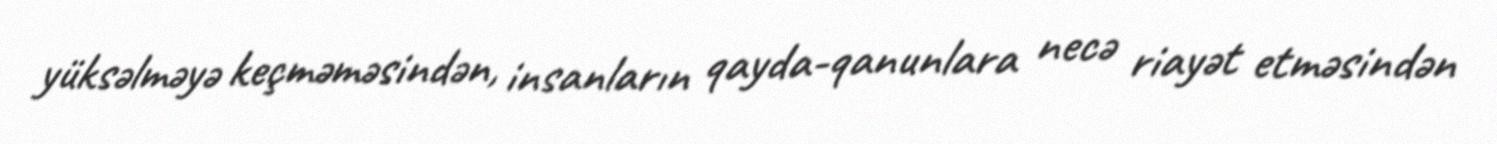
yüksəlməyə keçməməsindən, insanların qayda-qanunlara necə riayət etməsindən